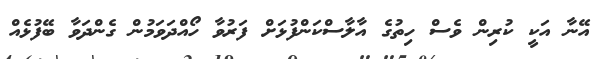
އޭނާ އަކީ ކުރިން ވެސް ހިތުގެ އާލާސްކަންފުޅަށް ފަރުވާ ހޯއްދަވަމުން ގެންދަވާ ބޭފުޅެއް